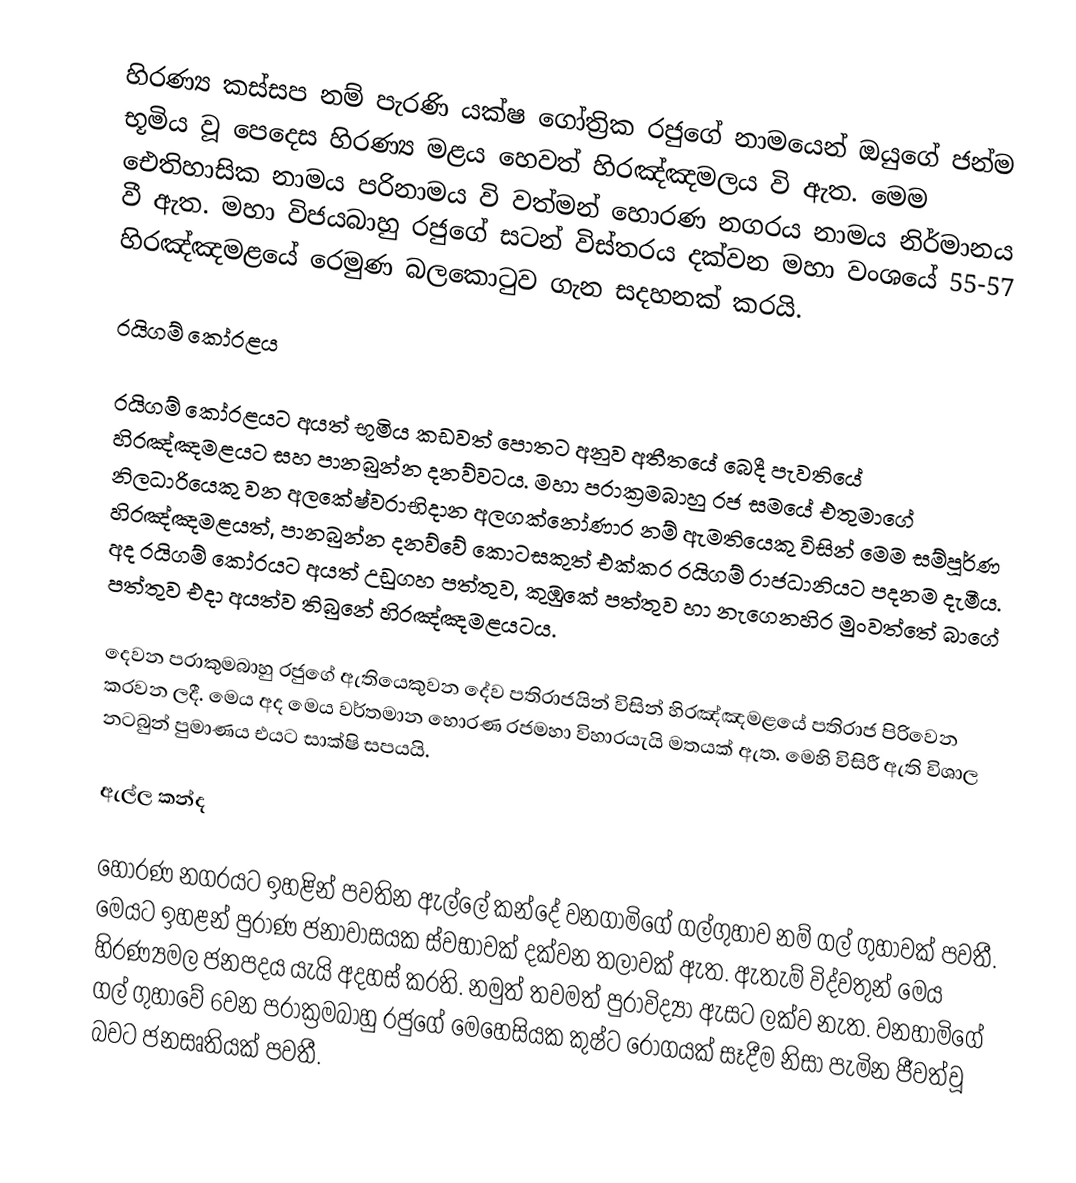
හිරණ්‍ය කස්සප නම් පැරණි යක්ෂ ගෝත්‍රික රජුගේ නාමයෙන් ඔයුගේ ජන්ම භූමිය වූ පෙදෙස හිරණ්‍ය මළය හෙවත් හිරඤ්ඤමලය වි ඇත. මෙම ඓතිහාසික නාමය පරිනාමය වි වත්මන් හොරණ නගරය නාමය නිර්මානය වී ඇත. මහා විජයබාහු රජුගේ සටන් විස්තරය දක්වන මහා වංශයේ 55-57 හිරඤ්ඤමළයේ රෙමුණ බලකොටුව ගැන සදහනක් කරයි.

රයිගම් කෝරළය

රයිගම් කෝරළයට අයත් භූමිය කඩවත් පොතට අනුව අතීතයේ බෙදී පැවතියේ හිරඤ්ඤමළයට සහ පානබුන්න දනව්වටය. මහා පරාක්‍රමබාහු රජ සමයේ එතුමාගේ නිලධාරියෙකු වන අලකේෂ්වරාභිදාන අලගක්නෝණාර නම් ඇමතියෙකු විසින් මෙම සම්පූර්ණ හිරඤ්ඤමළයත්, පානබුන්න දනව්වේ කොටසකුත් එක්කර රයිගම් රාජධානියට පදනම දැමීය. අද රයිගම් කෝරයට අයත් උඩුගහ පත්තුව, කුඹුකේ පත්තුව හා නැගෙනහිර මුංවත්තේ බාගේ පත්තුව එදා අයත්ව තිබුනේ හිරඤ්ඤමළයටය.

දෙවන පරාකුමබාහු රජුගේ ඇතියෙකුවන දේව පතිරාජයින් විසින්  හිරඤ්ඤමළයේ පතිරාජ පිරිවෙන කරවන ලදී. මෙය අද  මෙය වර්තමාන හොරණ රජමහා විහාරයැයි මතයක් ඇත. මෙහි විසිරී ඇති විශාල නටබුන් පුමාණය එයට සාක්ෂි සපයයි.

ඇල්ල කන්ද

හොරණ නගරයට ඉහළින් පවතින ඇල්ලේ කන්දේ වනගාමිගේ ගල්ගුහාව නම් ගල් ගුහාවක් පවතී. මෙයට ඉහළන් පුරාණ ජනාවාසයක ස්වභාවක් දක්වන තලාවක් ඇත. ඇතැම් විද්වතුන් මෙය හිරණ්‍යමල ජනපදය යැයි අදහස් කරති. නමුත් තවමත් පුරාවිද්‍යා ඇසට ලක්ව නැත. වනහාමිගේ ගල් ගුහාවේ 6වන පරාක්‍රමබාහු රජුගේ මෙහෙසියක කුෂ්ට රෝගයක් සෑදීම නිසා පැමින ජීවත්වූ බවට ජනසෘතියක් පවතී.